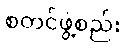
စတင်ဖွဲ့စည်း